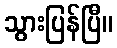
သွားပြန်ပြီ။